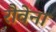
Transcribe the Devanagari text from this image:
रौवेना